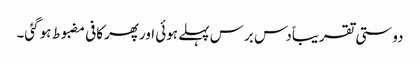
دوستی تقریباًدس برس پہلے ہوئی اورپھرکافی مضبوط ہوگئی۔